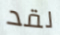
لقد